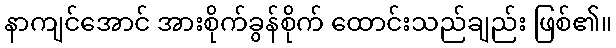
နာကျင်အောင် အားစိုက်ခွန်စိုက် ထောင်းသည်ချည်း ဖြစ်၏။